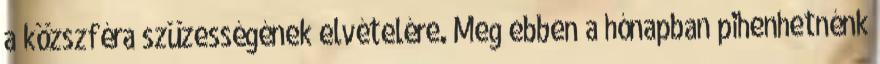
a közszféra szüzességének elvételére. Meg ebben a hónapban pihenhetnénk